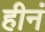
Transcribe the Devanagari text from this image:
हीनं